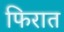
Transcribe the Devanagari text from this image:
फिरात